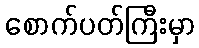
စောက်ပတ်ကြီးမှာ